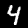
Digit: 4